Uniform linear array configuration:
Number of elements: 64
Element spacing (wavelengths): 0.25
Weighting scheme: blackman
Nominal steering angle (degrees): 45
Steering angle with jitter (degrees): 45.526
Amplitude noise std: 0.05
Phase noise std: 0.05

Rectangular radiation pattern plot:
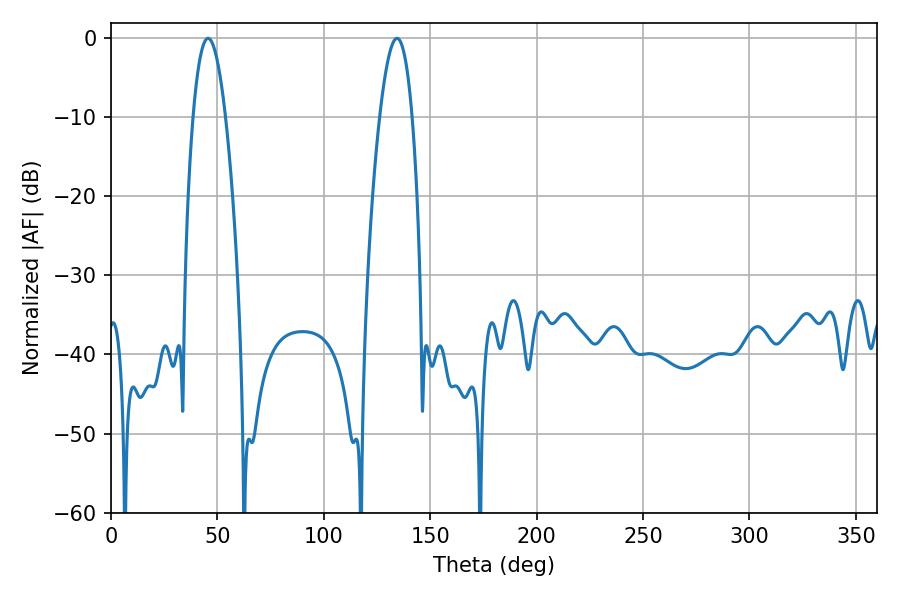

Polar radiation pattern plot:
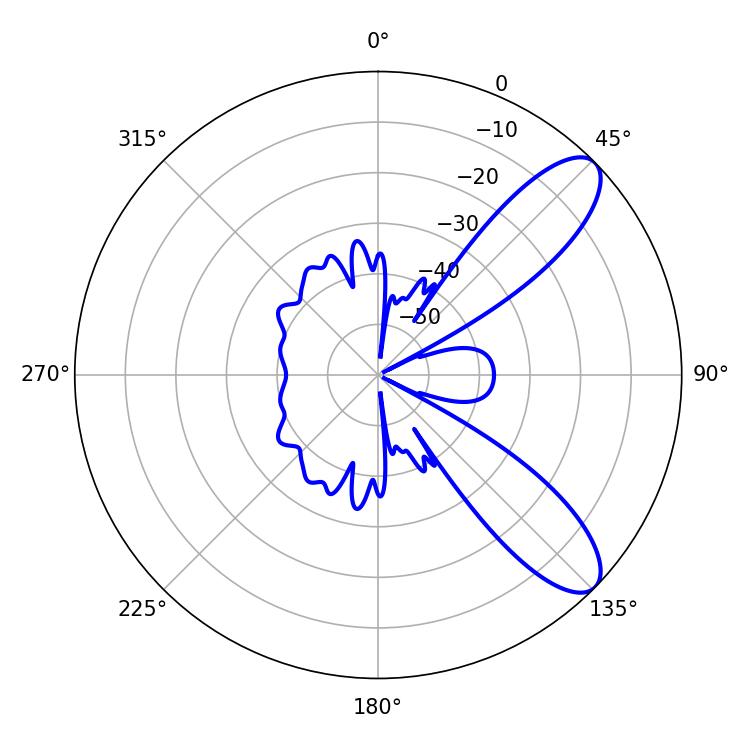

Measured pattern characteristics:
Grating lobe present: FALSE
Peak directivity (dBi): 9.476
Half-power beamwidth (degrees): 8.46
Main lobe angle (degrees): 45.54